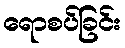
ရောစပ်ခြင်း